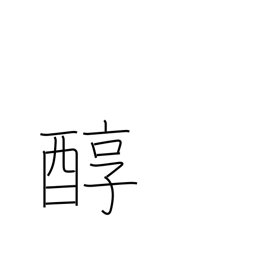
Meaning: pure sake